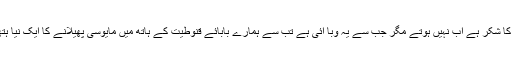
بم دھماکے تو اللہ کا شکر ہے اب نہیں ہوتے مگر جب سے یہ وبا آئی ہے تب سے ہمارے بابائے قنوطیت کے ہاتھ میں مایوسی پھیلانے کا ایک نیا ہتھیار ہاتھ آ گیا ہے۔